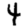
Digit: 4